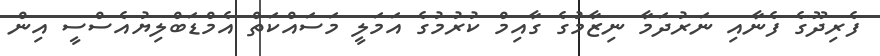
ފެރިދޫގެ ފެނާއި ނަރުދަމާ ނިޒާމުގެ ގާއިމް ކުރުމުގެ އަމަލީ މަސައްކަތް އެމްޑަބްލިޔުއެސްސީ އިން